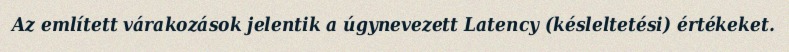
Az említett várakozások jelentik a úgynevezett Latency (késleltetési) értékeket.